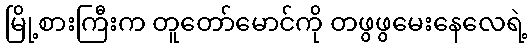
မြို့စားကြီးက တူတော်မောင်ကို တဖွဖွမေးနေလေရဲ့